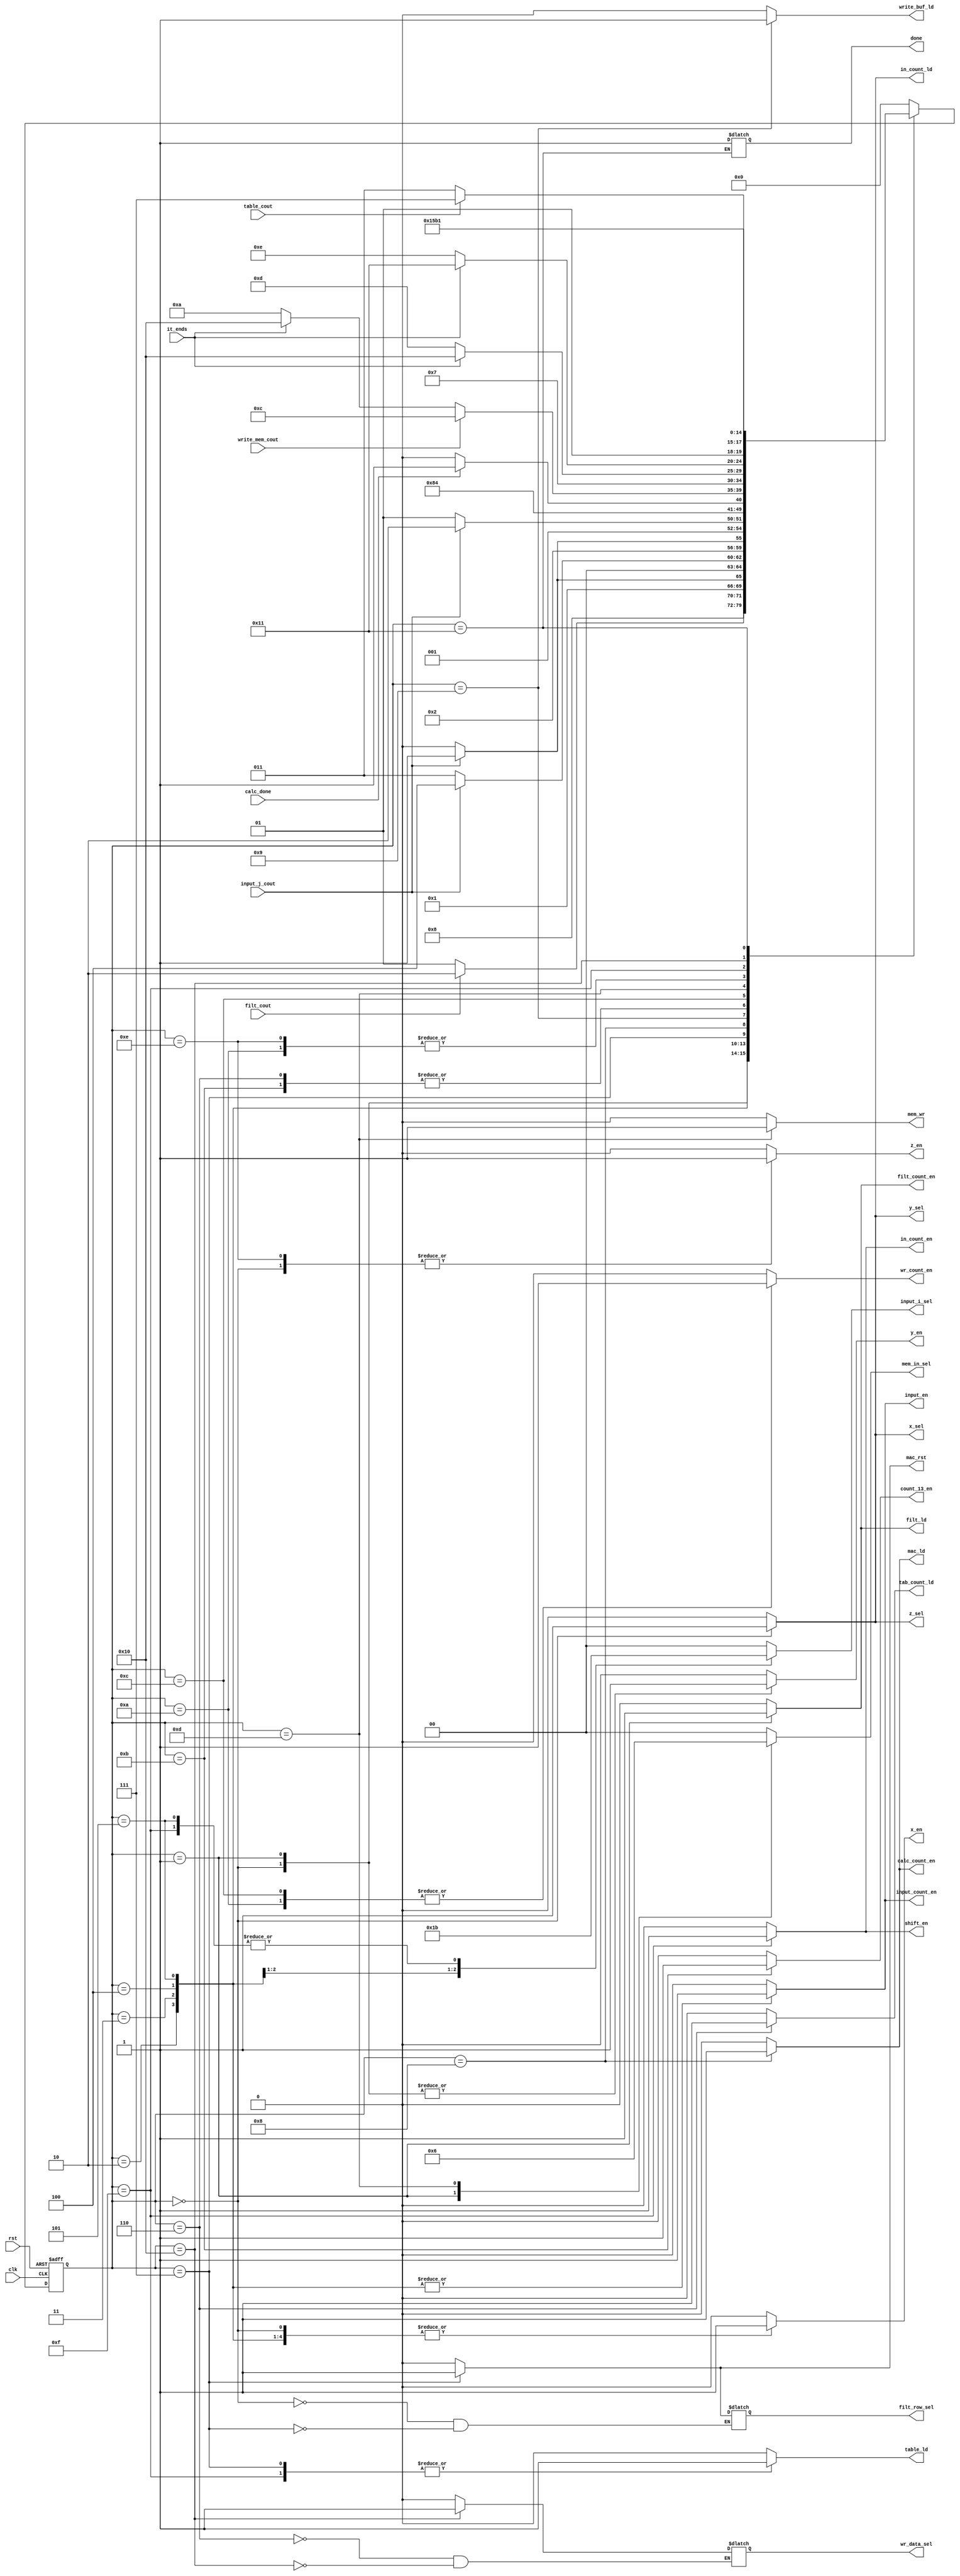
module controller
(
    input clk,
    input rst,
    input filt_cout,
    input input_j_cout,
    input calc_done,
    input write_mem_cout,
    input table_cout,
    input it_ends,
    output reg x_sel, y_sel, z_sel,
    output reg filt_ld,
    output reg filt_count_en,
    output reg filt_row_sel,
    output reg tab_count_ld,
    output reg table_ld,
    output reg input_count_en,
    output reg input_en,
    output reg mac_ld,
    output reg count_13_en,
    output reg calc_count_en,
    output reg wr_count_en,
    output reg write_buf_ld,
    output reg[1:0] input_i_sel,
    output reg x_en, y_en, z_en,
    output reg[1:0] mem_in_sel,
    output reg mem_wr,
    output reg mac_rst,
    output reg wr_data_sel,
    output reg shift_en,
    output reg in_count_en,
    output reg in_count_ld,
    output reg done
);
    parameter [4:0]
        state0 = 5'b00000,
        state1 = 5'b00001,
        state2 = 5'b00010,
        state3 = 5'b00011,
        state4 = 5'b00100,
        state5 = 5'b00101,
        state6 = 5'b00110,
        state7 = 5'b00111,
	    state8 = 5'b01000,
        state9 = 5'b01001,
        state10 = 5'b01010,
        state11 = 5'b01011,
        state12 = 5'b01100,
        state13 = 5'b01101,
        state14 = 5'b01110,
        state15 = 5'b01111,
        state16 = 5'b10000,
        state17 = 5'b10001;

    reg [4:0] ps = state0;
    reg [4:0] ns;

    always@(ps or filt_cout or input_j_cout or
        calc_done or write_mem_cout or
        table_cout or it_ends)
    begin
        ns = state0;
        case (ps)
            state0: ns = state1;
            state1: ns = filt_cout? state2 : state1;
            state2: ns = input_j_cout? state3 : state2;
	        state3: ns = input_j_cout? state4 : state3;
            state4: ns = input_j_cout? state5 : state4;
            state5: ns = input_j_cout? state6 : state5;
            state6: ns = state7;
            state7: ns = state8;
	        state8: ns = calc_done ? state9 : state8;
            state9: ns = write_mem_cout ? state12 :
                it_ends ? state16 : state10;
            state10: ns = table_cout ? state15
                : state11;
            state11: ns = state7;
            state12: ns = it_ends ? state16 : state13;
            state13: ns = it_ends ? state17 : state14;
            state14: ns = table_cout ? state15 : state11;
            state15: ns = state5;
            state16: ns = state13;
            state17: ns = state17;
        endcase
    end

    always @(ps) 
    begin
        {x_sel, y_sel, z_sel, x_en, y_en, z_en,
        mem_in_sel, filt_ld, filt_count_en, input_en,
        input_count_en, tab_count_ld, table_ld, calc_count_en,
        input_i_sel, mac_ld, count_13_en,
        wr_count_en, write_buf_ld, mac_rst, in_count_en,
        in_count_ld, mem_wr, shift_en} = 26'b0;
        case (ps)
            state0: {x_sel, y_sel, z_sel, x_en,
                y_en, z_en, filt_row_sel,
                in_count_ld} = 8'b1_1_1_1_1_1_0_1;
            state1: {mem_in_sel, filt_ld,
                filt_count_en, y_sel, y_en} = 6'b01_1_1_0_1;
            state2: {mem_in_sel, input_en, input_i_sel,
                input_count_en, x_sel, x_en} = 8'b00_1_00_1_0_1;
            state3: {mem_in_sel, input_en, input_i_sel,
                input_count_en, x_sel, x_en} = 8'b00_1_01_1_0_1;
            state4: {mem_in_sel, input_en, input_i_sel,
                input_count_en, x_sel, x_en} = 8'b00_1_10_1_0_1;
            state5: {mem_in_sel, input_en, input_i_sel,
                input_count_en, x_sel, x_en} = 8'b00_1_11_1_0_1;
            state6: {tab_count_ld, wr_data_sel} = 2'b1_0;
            state7: {table_ld, filt_row_sel, z_sel, mac_rst} = 4'b1_1_0_1;
	        state8: {mac_ld, calc_count_en} = 2'b11;
            state9: write_buf_ld = 1'b1;
            state10: wr_count_en = 1'b1;
            state11: count_13_en = 1'b1;
            state12: wr_count_en = 1'b1;
            state13: {mem_in_sel, mem_wr} = 3'b10_1;
            state14: z_en = 1'b1;
            state15: {in_count_en, input_i_sel,
                table_ld, shift_en} = 5'b1_11_1_1;
            state16: wr_data_sel = 1'b1;
            state17: done = 1'b1;
        endcase
    end

    always @(posedge clk, posedge rst)
    begin
        if(rst)
            ps <= state0;
        else
            ps <= ns;
    end
endmodule